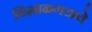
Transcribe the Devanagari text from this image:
विशाळगडाचे